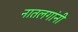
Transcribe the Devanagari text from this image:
नातलगांनी